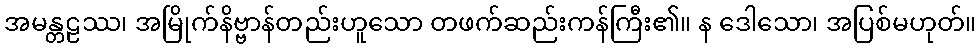
အမန္တဠဿ၊ အမြိုက်နိဗ္ဗာန်တည်းဟူသော တဖက်ဆည်းကန်ကြီး၏။ န ဒေါသော၊ အပြစ်မဟုတ်။